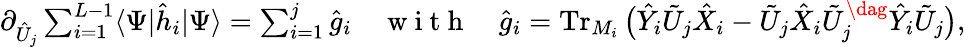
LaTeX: \textstyle\partial_{\hat{U}_{j}}\sum_{i=1}^{L-1}\langle\Psi|\hat{h}_{i}|\Psi\rangle\stackrel{}{=}\sum_{i=1}^{j}\hat{g}_{i}\quad\mathrm{~w~i~t~h~}\quad\hat{g}_{i}\stackrel{}{=}\operatorname{Tr}_{M_{i}}\big(\hat{Y}_{i}\tilde{U}_{j}\hat{X}_{i}-\tilde{U}_{j}\hat{X}_{i}\tilde{U}_{j}^{\dag}\hat{Y}_{i}\tilde{U}_{j}\big),